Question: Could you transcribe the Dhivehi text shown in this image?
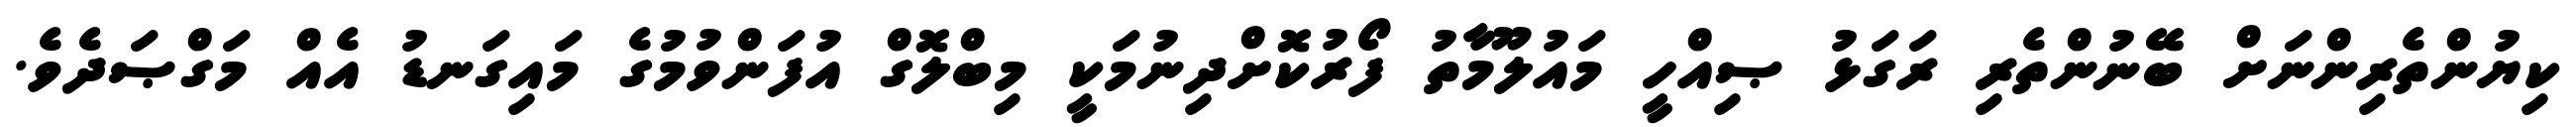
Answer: ކިޔުންތެރިންނަށް ބޭނުންތެރި ރަގަޅު ޞިއްހީ މައުލޫމާތު ފޯރުކޮށްދިނުމަކީ މިބްލޮގް އުފަންވުމުގެ މައިގަނޑު އެއް މަގްޞަދެވެ.